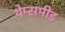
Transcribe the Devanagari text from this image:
थेम्समीड